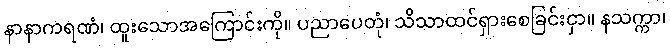
နာနာကရဏံ၊ ထူးသောအကြောင်းကို။ ပညာပေတုံ၊ သိသာထင်ရှားစေခြင်းငှာ။ နသက္ကာ၊